Report on the treatment of epidemic cholera: from information collected by the governments of Bengal, Madras, Bombay, N.W. Provinces, Punjab, Oudh, and Central India, by order of the Government of India
Disease focus: Cholera
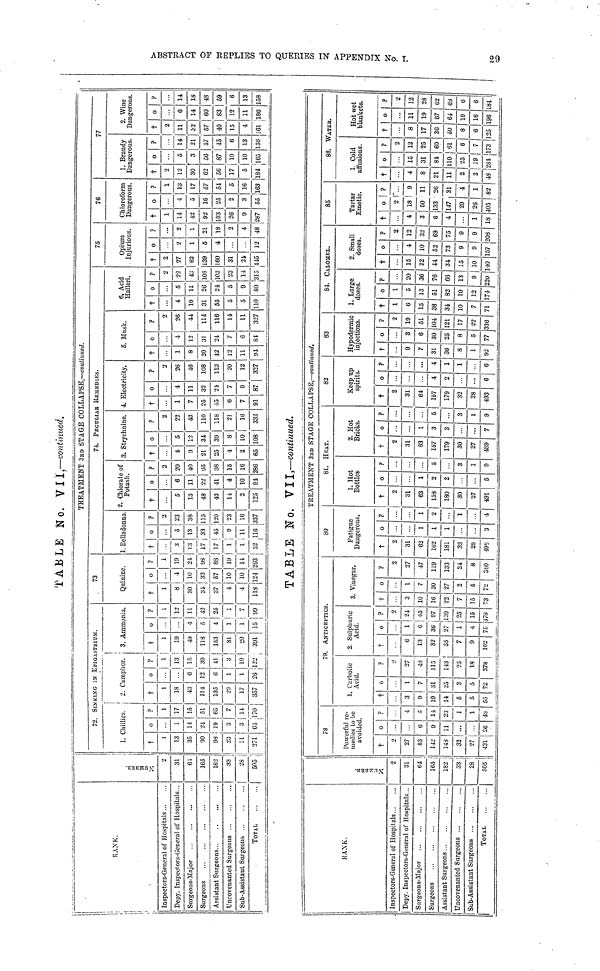
TABLE No. VI i,—continued.
RANK.
Inspectors-General of Ilobpitals
Depy. Inspectors-General of Hospitals .
Snrgeons-Major
Surgeons
Uncovenanted Surgeons
Sub-Assistant Suigeon&
TOTAL
NUMBER
2
31
61
165
182
33
28
505
72. SINKING IS EPIGASRTIUM.
1. Chillies.
†
l
13
35
90
98
23
11
271
o
...
1
14
24
19
3
3
04
?
1
17
15
51
65
7
14
170
2. Camphor.
†
l
18
43
114
135
29
17
357
o
..
...
6
12
6
1
1
26
?
1
13
15
39
41
3
10
122
3. Ammonia.
†
1
19
49
118
153
31
20
391
o
..
...
4
5
4
1
1
15
?
1
12
11
43
25
1
7
99
73
Quinine.
†
1
8
30
31
37
4
4
118
o
...
4
10
33
57
10
10
124
?
1
19
24
98
88
19
14
203
TREATMENT 3BD STAGE COLLAPSE,—continued.
74. PECULIARR REMEDIES.
1. Belladonna.
†
.
3
13
17
17
1
1
52
0
...
5
13
33
45
9
11
116
?
2
23
38
115
120
23
16
337
2. Chlorate of
Potash.
†
...
5
13
48
43
14
2
125
o
...
6
11
22
41
4
10
91
?
2
20
40
95
98
15
16
286
3. Strychnine.
†
...
4
9
21
35
4
2
65
o
...
5
12
34
39
8
10
108
?
2
22
43
110
118
21
16
332
4 Electricity.
†
...
1
7
25
13
6
7
91
o
...
4
11
32
21
7
9
87
?
2
26
46
108
113
20
12
327
5. Musk.
†
...
1
8
20
42
12
11
94
o
...
4
12
31
24
7
6
84
?
2
26
44
114
116
14
11
327
6. Acid
Halleri.
†
...
4
10
31
55
5
5
110
o
...
5
11
26
24
5
9
80
?
2
23
43
108
103
23
14
315
75
Opium
Injurious.
†
2
27
62
139
160
31
24
445
o
...
2
1
5
4
...
...
12
?
...
2
1
21
18
2
4
48
76
Chloroform
Dangerous.
†
1
14
42
92
103
26
9
287
o
...
4
5
16
25
2
3
55
?
1
13
17
57
51
5
16
163
77
1. Brandy
Dangerous.
†
2
12
30
62
56
17
5
184
o
...
5
3
56
87
10
10
165
?
.
14
21
57
45
6
13
156
2. Wine
Dangerous.
†
2
11
32
67
40
15
4
161
o
...
6
14
60
83
12
11
186
?
...
14
18
48
59
6
13
158
TABLE No. VII,—continued.
RANK.
Inspectors-General of Hospitals
Depy. Inspectors-General of Hospitals ..
Surgeons-Major
Surgeons
Assistant Surgeons
Uncovenanted Surgeons
Sub-Assistant Surgeons
TOTAL
NUMBER
2
31
64
165
182
33
28
505
78
Powerful re-
medies to be
avoided.
†
2
27
53
142
148
32
27
431
0
...
...
6
9
11
...
...
26
?
..
4
5
14
23
1
1
48
79. ANTICEPTICS.
1. Carbolic
Acid.
†
...
3
9
19
14
5
5
55
0
..
1
7
31
25
3
5
72
?
?
27
48
115
143
25
18
378
2. Sulphuric
Acid.
†
...
6
13
32
35
7
9
102
0
1
6
36
27
1
4
75
?
2
24
45
97
120
25
15
378
3. Vinegar.
†
...
3
10
16
22
7
15
73
0
...
1
7
30
27
2
5
72
?
2
27
47
119
133
24
8
360
80
Fatigue
Dangerous.
†
2
31
62
162
181
32
28
498
0
...
...
1
1
1
...
...
3
?
...
...
1
2
...
1
...
4
TREATMENT 3RD STAGE COLLAPSE,—continued.
81. HEAT.
1. not
Bottles.
†
2
31
63
153
180
30
27
491
0
...
...
1
2
2
...
...
5
?
...
...
...
5
...
3
1
9
2. Hot
Bricks.
†
2
31
63
157
179
30
27
489
0
• •
...
1
3
3
...
...
7
?
...
...
...
6
...
3
1
9
82
Keep up
spirits.
†
2
31
64
167
179
32
28
493
0
...
...
...
4
2
...
...
6
?
...
...
...
4
1
1
...
6
83
10.1 OCuOUSa
†
...
9
7
31
36
8
1
92
0
...
3
6
30
25
8
5
77
?
2
19
51
104
121
17
22
336
84. CALOMEL.
1. Large
doses.
†
1
6
15
38
34
10
7
71
0
1
5
13
51
82
10
12
174
?
...
20
36
76
66
13
9
220 1
2. Small
doses.
†
...
15
22
44
34
15
10
140
0
...
4
10
52
73
9
9
157
?
2
12
32
69
75
9
9
208
85
Tartar
Emetic.
†
...
4
3
6
4
...
1
18
0
8
18
50
133
147
29
26
405
?
...
9
11
26
31
4
1
82
86. WATER.
1 Cold
affusions.
†
...
4
8
21
11
2
2
43
0
...
15
31
81
no
25
19
284
?
2
12
35
60
61
6
7
173
Hot net
blankets.
†
...
8
17
36
50
8
6
125
0
...
11
19
67
64
19
16
196
?
2
12
28
62
68
6
6
184
29